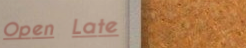
Open Late